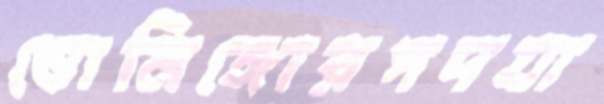
ডোমিঙ্গোরপদযা